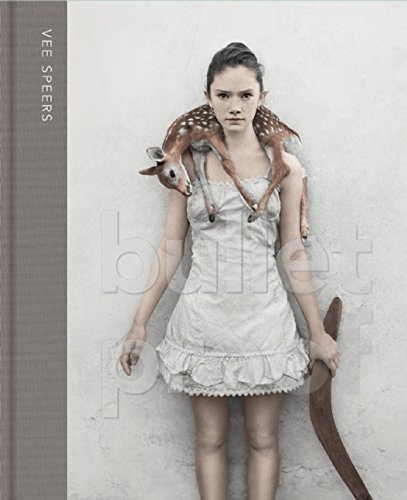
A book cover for Bulletproof; Arts & Photography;